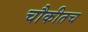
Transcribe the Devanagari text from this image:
चौकीतच